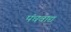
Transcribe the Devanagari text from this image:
पंचवाद्य